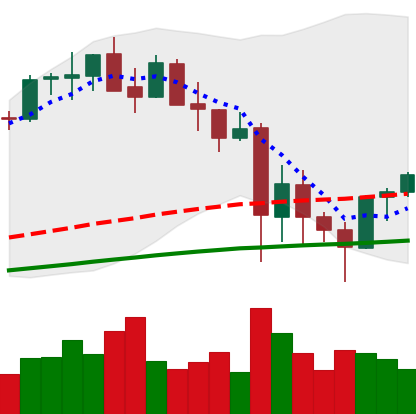
Ticker: ETH-USD
Chart end date: 2021-05-26
Forward return: -6.015%
Label: down_5_7